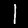
Digit: 1